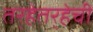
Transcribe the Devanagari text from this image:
तर्‍हेतर्‍हेची